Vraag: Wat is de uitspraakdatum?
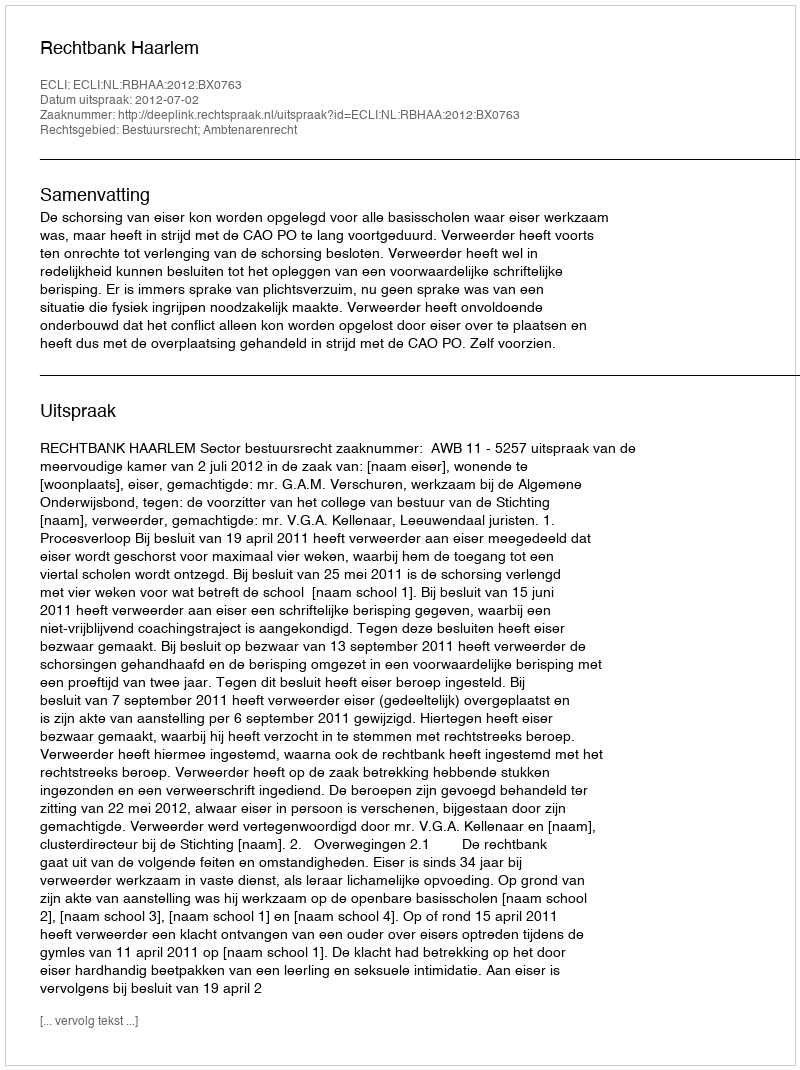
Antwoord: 2012-07-02